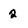
Character: 2